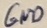
Text: GND